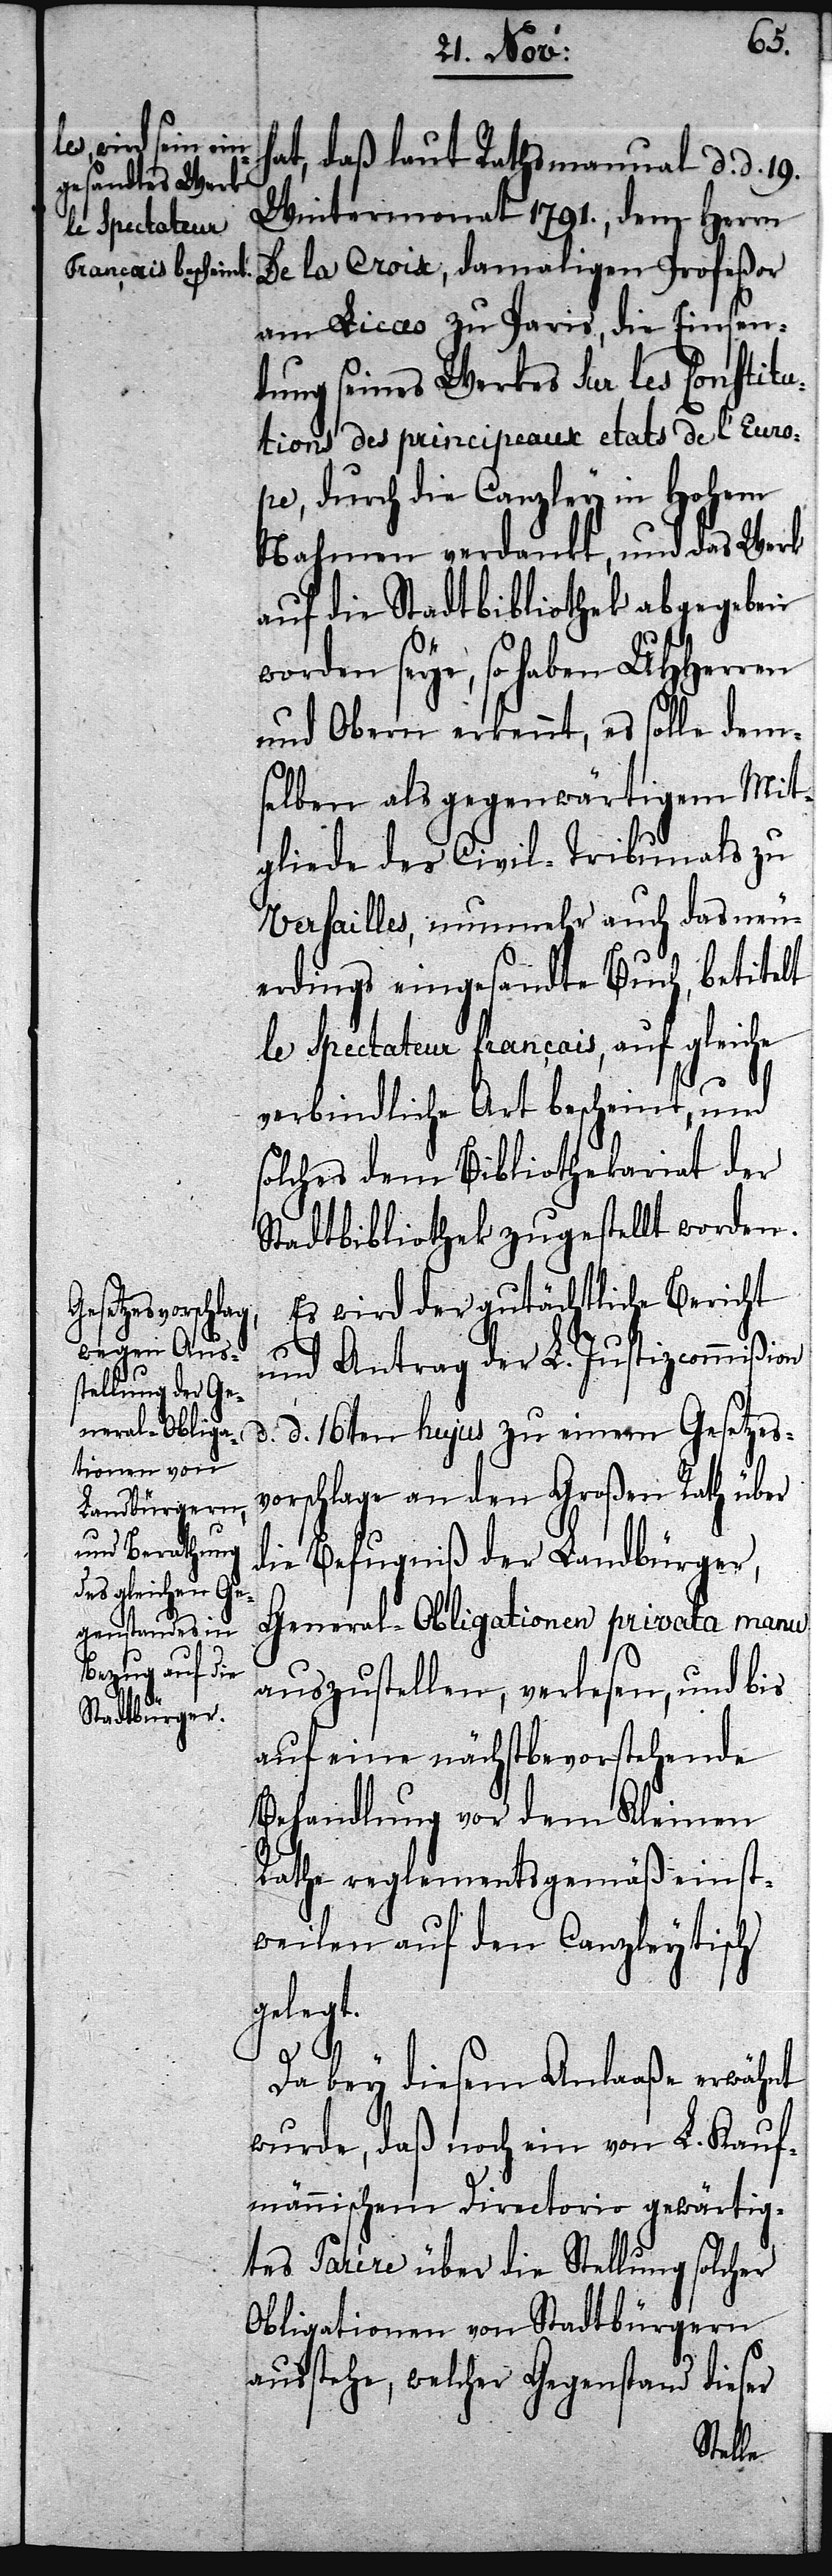
hat, daß laut Rathsmanual d. d. 19.
Wintermonat 1791., dem Herrn
De la Croix, damaligen Profeßor
am Liceo zu Paris, die Einsen¬
dung seines Werkes Sur les Constitu¬
tions des principeaux etats de l’Euro¬
pe, durch die Canzley in Hohem
Nahmen verdankt, und das Werk
auf die Stadtbibliothek abgegeben
worden seye, so haben UHHerren
und Obern erkennt, es solle dem¬
selben als gegenwärtigem Mit¬
gliede des Civil-Tribunals zu
Versailles, nunmehr auch das neu¬
erdings eingesandte Buch, betitelt
le Spectateur français, auf gleiche
verbindliche Art bescheint, und
solches dem Bibliothekariat der
Stadtbibliothek zugestellt worden
Es wird der gutächtliche Bericht
und Antrag der L. Justizcommißion
d. d. 16ten hujus zu einem Gesetzes¬
vorschlage an den Großen Rath über
die Befugniß der Landbürger,
General-Obligationen privata manu
auszustellen, verlesen, und bis
auf eine nächstbevorstehende
Behandlung vor dem Kleinen
Rathe reglementsgemäß einst¬
weilen auf den Canzleytisch
gelegt.
Da bey diesem Anlaaße erwähnt
wurde, daß noch ein von L. Kauf¬
männischem Directorio gewärtig¬
tes Parère über die Stellung solcher
Obligationen von Stadtbürgern
ausstehe, welcher Gegenstand dieser